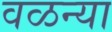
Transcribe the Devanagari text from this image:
वळन्या